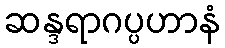
ဆန္ဒရာဂပ္ပဟာနံ